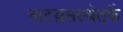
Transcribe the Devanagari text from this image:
नाटय़सस्थेतर्फे